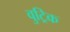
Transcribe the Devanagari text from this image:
वुट्रिक